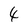
Character: 4